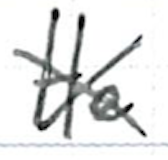
Text: He
Cross-out: cross
Writing tool: ballpoint